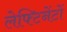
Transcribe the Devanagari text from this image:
लेफ्टिनेंटों